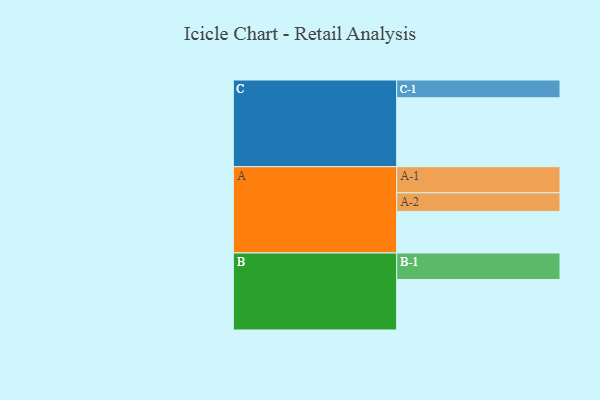
{"axis": {"x": "Segment", "y": "Value"}, "legend": ["", "A", "B", "C"], "data": [{"x": "A", "y": 339, "type": ""}, {"x": "B", "y": 412, "type": ""}, {"x": "C", "y": 562, "type": ""}, {"x": "A-1", "y": 213, "type": "A"}, {"x": "A-2", "y": 152, "type": "A"}, {"x": "B-1", "y": 216, "type": "B"}, {"x": "C-1", "y": 145, "type": "C"}]}